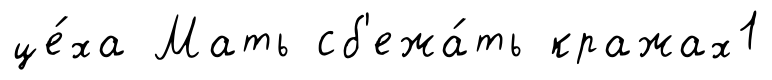
це́ха Мать сб'ежа́ть кражах1